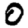
Digit: 0